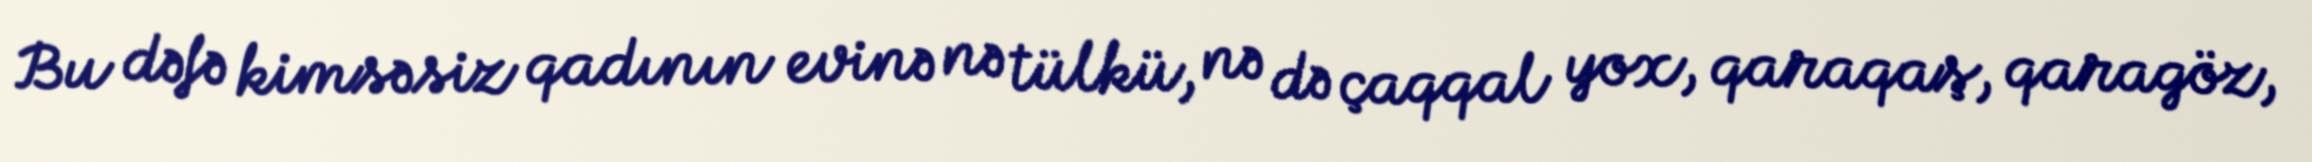
Bu dəfə kimsəsiz qadının evinə nə tülkü, nə də çaqqal yox, qaraqaş, qaragöz,